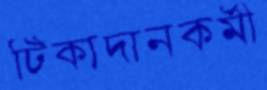
টিকাদানকর্মী